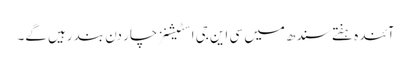
آئندہ ہفتے سندھ میں سی این جی اسٹیشنز چار دن بند رہیں گے۔